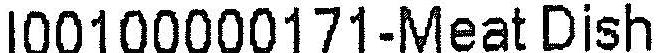
I00100000171-MEAT DISH